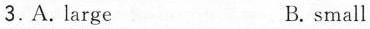
3.A. Large B. small